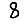
Digit: 8